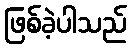
ဖြစ်ခဲ့ပါသည်